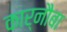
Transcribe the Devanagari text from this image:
कार्नौबा